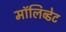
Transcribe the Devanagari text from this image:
मॉलिब्डेट